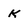
Character: k